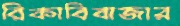
রিকাবিবাজার